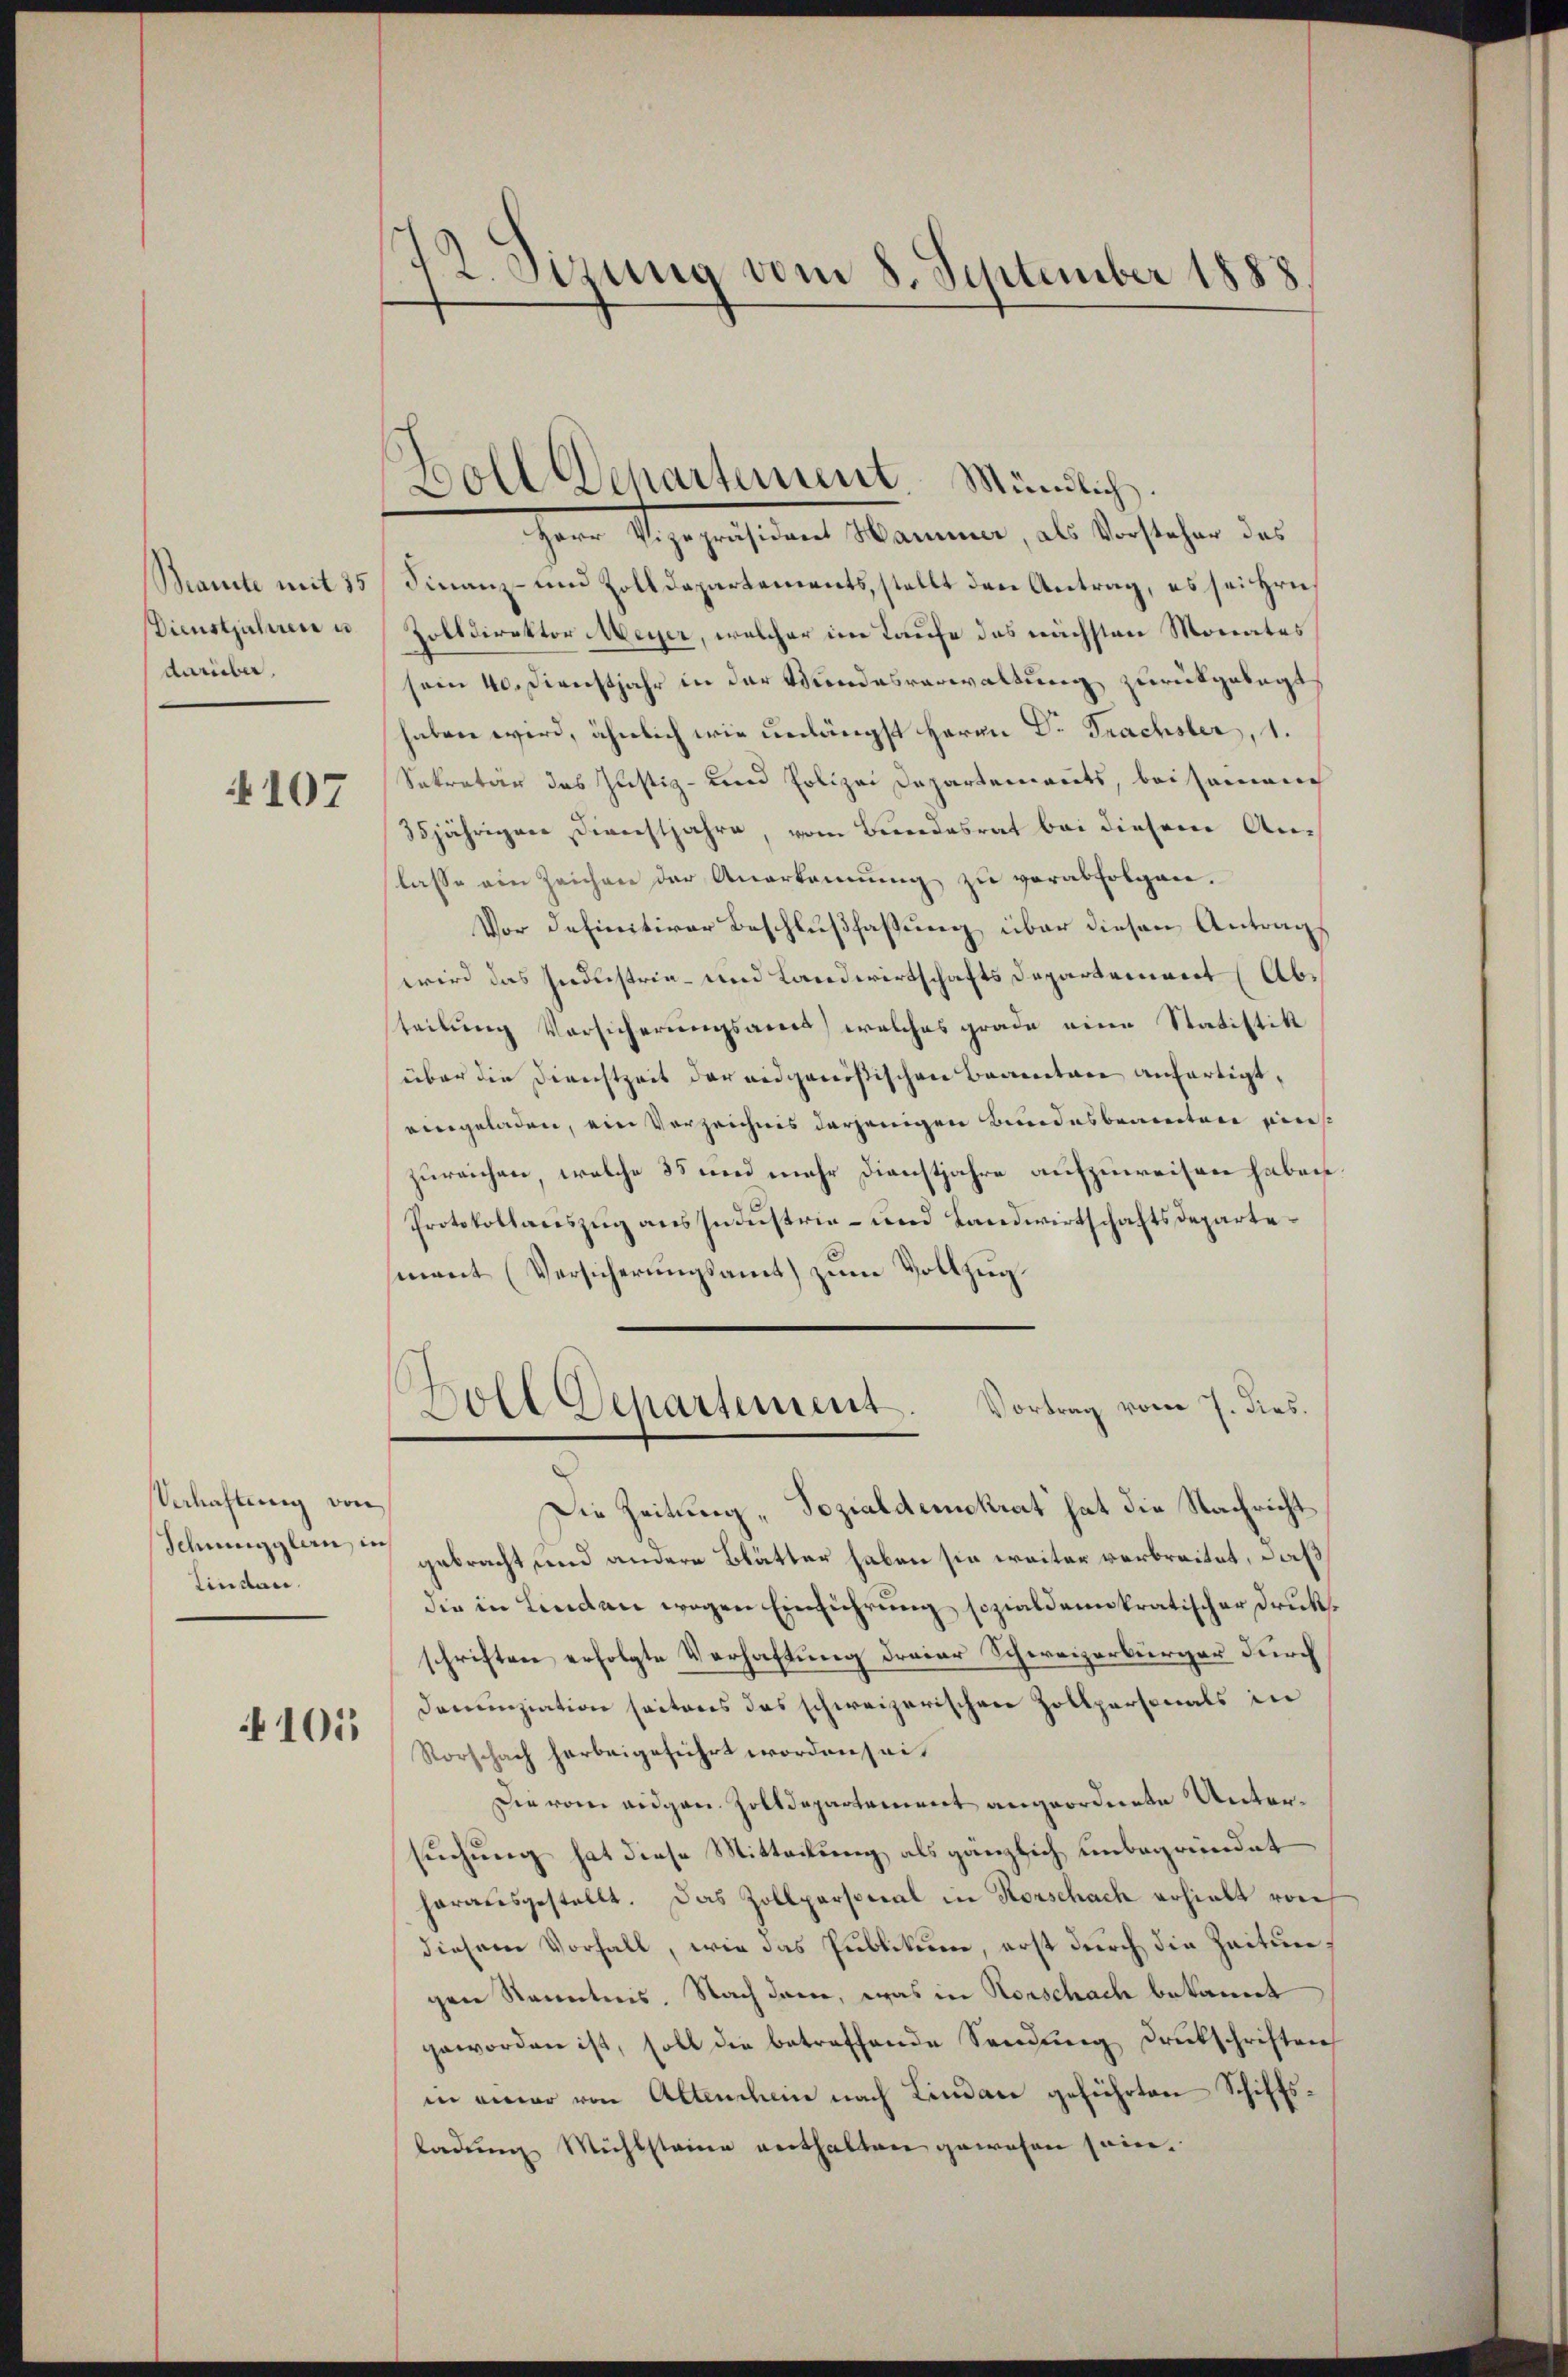
Beamte mit 15
Dienstjahren u
darüber,

4107

Verlastung von
Lindau.

105

22. Sizung vom 8. September 1888

Boll Departement Mündlich.

Herr Abgegristian Mammer, als Versteher das
Finanz- und Zolldepartements, stellt den Antrag, es sei Hrn.
Zolldirektor Meyer, welcher im Taufe des nächsten Monates
sein 40. Dienstjahr in der Wundesverwaltung zurückgelegt
haben wird, ähnlich wie unlängst Herrn Dr. Trachsler, 1.
Sekretär das Justiz- und Polizei Departements, bei seinen
35jährigen Dienstjahre, vom Bundesrat bei diesem Anlasse ein Zeichen der Anerkennung zŭ verabfolgen.
Vor definitiver Beschlußfassung über diesen Antrags
wird das Endlistria- und Landwirtschafts Departement Abe
teilung Vorsicherungsames, welches grade eine Statistik
über die Direchtzeit der eidgenößischen Beamten anfertigt,
eingeladen, ein Verzeichnis derjenigen Bundesbeamten eines
zureichen, welche 35 und mehr Dienstjahre aufzuweisen haben
Protokollauszug aus Industria- und Landwirtschaftsdepartemant (Versicherungsamt zum Vollzug
ch
Doll Departement. Vortrag vom 7. dies.
.
Die Zeitung „Sozialdemokrat hat die Nachricht
Schneegglern u gebracht und andere Blätter haben sie weiter verbreitet, daß
die in Linden wegen Einführung sozialdemokratischer Druckschriften erfolgte Verhaftung dreier Schweizerbürger durch
Denunziation seitens das schweizerischen Zollpersonals in
Vorschach herbeigeführt worden sei.
Die vom eidgen. Zolldepartement angeordnete Untersuchung hat diese Mitteilung als gänzlich unbegründet
herausgestellt. Das Zollpersonal in Korschach erhielt von
diesem Vorfall, wie das Publikum, erst durch die Zeitungen Kenntnis. Nach dem, was in Horschach bekannt
geworden ist, soll die betreffende Sendung druckschriften
in einer von Altenschein nach Lindau geführten Schiffsladung Mühlsteine enthalten gewesen sein.